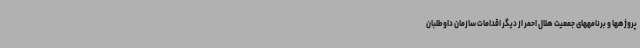
پروژهها و برنامههای جمعیت هلال احمر از دیگر اقدامات سازمان داوطلبان